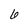
Character: 6